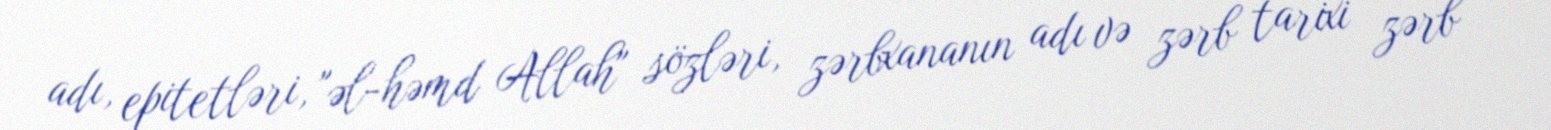
adı, epitetləri, "əl-həmd Allah" sözləri, zərbxananın adı və zərb tarixi zərb